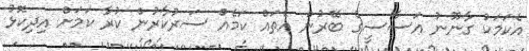
އެކަމަކު ގާނޫނު އަސާސީގެ ބޭރުން އެތައް ކަމެއް ސަރުކާރުން ކުރާ ކަމަށް އިދިކޮޅު